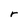
Character: r